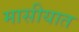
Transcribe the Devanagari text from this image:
मासीयात